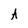
Character: A